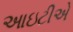
આઇટીએ